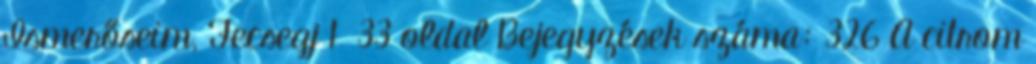
Ismerőseim, Fecsegj 1 33 oldal Bejegyzések száma: 326 A citrom